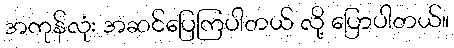
အကုန်လုံး အဆင်ပြေကြပါတယ် လို့ ပြောပါတယ်။